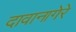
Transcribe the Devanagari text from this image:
दावानागेरे